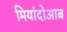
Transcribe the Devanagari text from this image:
मियांदोआब